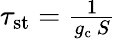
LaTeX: \begin{array}{r}{\tau_{\mathrm{st}}=\frac{1}{g_{\mathrm{c}}\ S}}\end{array}